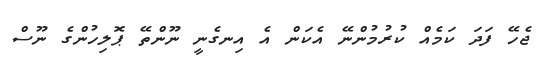
ޖެހޭ ފަދަ ކަމެއް ކުރުމުންނޭ އެކަން އެ އިނގެނީ ނޫންތޭ ޕޮލިހުންގެ ނޫސް